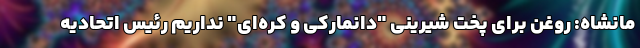
مانشاه: روغن برای پخت شیرینی "دانمارکی و کره‌ای" نداریم رئیس اتحادیه